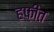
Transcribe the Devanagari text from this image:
हफ़ीत